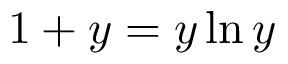
1 + y = y \ln y